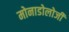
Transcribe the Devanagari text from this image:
मोनाडोलोजी